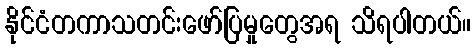
နိုင်ငံတကာသတင်းဖော်ပြမှုတွေအရ သိရပါတယ်။